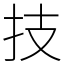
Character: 技